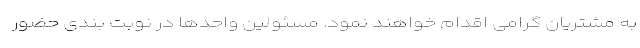
به مشتریان گرامی اقدام خواهند نمود. مسئولین واحدها در نوبت بندی حضور